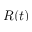
R ( t )